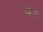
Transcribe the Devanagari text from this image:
र्मिच